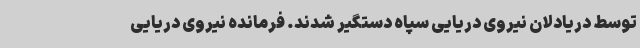
توسط دریادلان نیروی دریایی سپاه دستگیر شدند. فرمانده نیروی دریایی